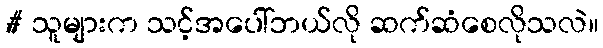
# သူများက သင့်အပေါ်ဘယ်လို ဆက်ဆံစေလိုသလဲ။